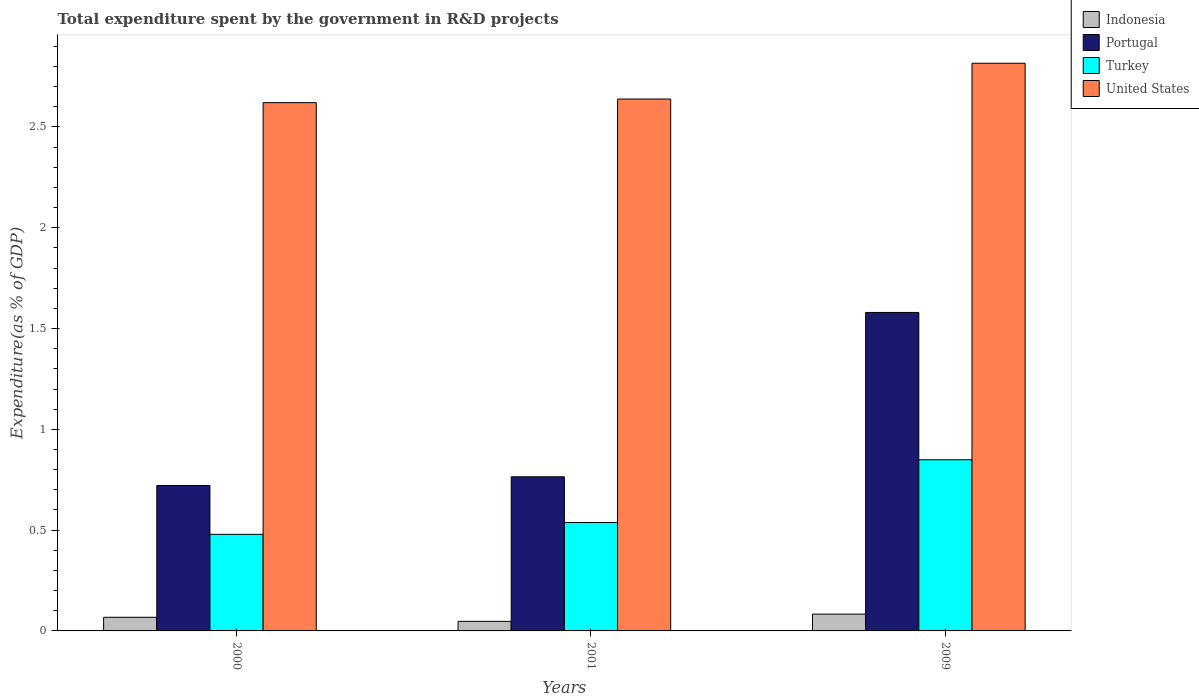
| Years | Indonesia | Portugal | Turkey | United States |
 | --- | --- | --- | --- | --- |
 | 2000 | 0.0677 | 0.721 | 0.479 | 2.62 |
 | 2001 | 0.0476 | 0.765 | 0.538 | 2.64 |
 | 2009 | 0.0833 | 1.58 | 0.849 | 2.82 |